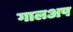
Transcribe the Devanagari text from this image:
गालअप